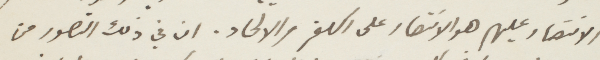
الانتصار عيلهم هو الانتصار على الكفر والالحاد. ان في ذلك التصور من